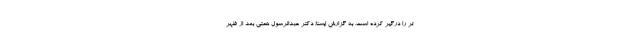
تر را درگیر کرده است. به گزارش ایسنا؛ دکتر عبدالرسول همتی بعد از ظهر